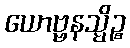
ယောဗ္ဗနသ္မိဉ္စ